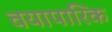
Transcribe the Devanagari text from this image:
वयापारिक